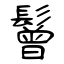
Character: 鬙